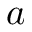
a